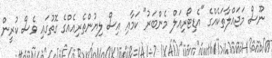
ނޫސް މަޖައްލާތަކެއްގެ "އެޑިޓޯރިއަލް މެންބަރު" ކަމާއި އިސް ލިޔުންތެރިއެއްގެ ގޮތުގައި ވެސް ކުރީން